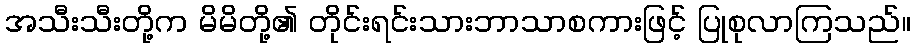
အသီးသီးတို့က မိမိတို့၏ တိုင်းရင်းသားဘာသာစကားဖြင့် ပြုစုလာကြသည်။